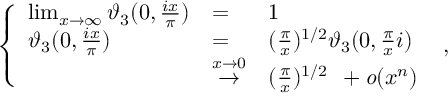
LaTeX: \left\{ \begin{array} { l l l } { { \operatorname * { l i m } _ { x \to \infty } \vartheta _ { 3 } ( 0 , \frac { i x } { \pi } ) } } & { { = } } & { { 1 } } \\ { { \vartheta _ { 3 } ( 0 , \frac { i x } { \pi } ) } } & { { = } } & { { ( \frac { \pi } { x } ) ^ { 1 / 2 } \vartheta _ { 3 } ( 0 , \frac { \pi } { x } i ) } } \\ { { } } & { { \stackrel { x \to 0 } { \rightarrow } } } & { { ( \frac { \pi } { x } ) ^ { 1 / 2 } \: \: + { \it o } ( x ^ { n } ) } } \end{array} \right. \ ,